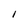
Character: l